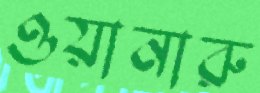
ওয়ানারু